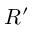
R ^ { \prime }